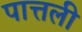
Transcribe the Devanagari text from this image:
पात्तली